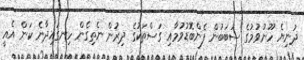
ދުނިޔެ ހޫނުވުމުގެ ސަބަބުން ފެންބޮޑުވުމާއި ގަސްތަކުގެ ދިރުން ނެތިގެން ހިނގައިދާނެ ކަން އެއީ